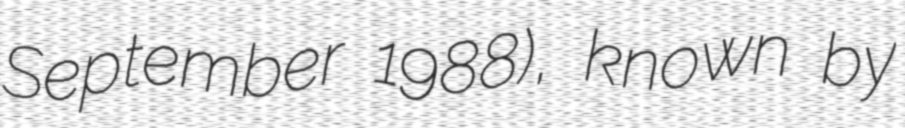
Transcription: September 1988), known by